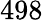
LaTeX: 498